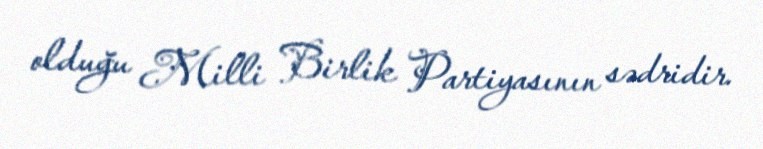
olduğu Milli Birlik Partiyasının sədridir.